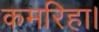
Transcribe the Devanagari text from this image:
कमरिहा।